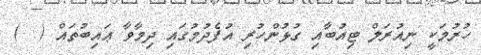
ހުރުމަކީ ނިއުރަލް ޓިއުބާއި ގުޅުންހުރި އުފެދުމުގައި ދިމާވާ ޢައިބުތައް (  )